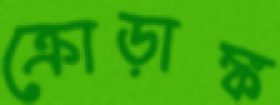
ক্রোড়াঙ্ক